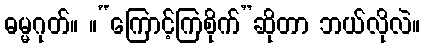
ဓမ္မဂုတ်။ ။“ကြောင့်ကြစိုက်”ဆိုတာ ဘယ်လိုလဲ။